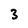
Character: 3